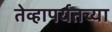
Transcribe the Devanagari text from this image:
तेव्हापर्यतच्या